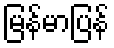
မြန်မာပြန်